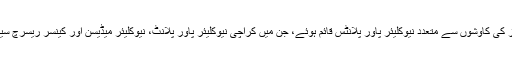
ان کی شب و روز کی کاوشوں سے متعدد نیوکلیئر پاور پلانٹس قائم ہوئے، جن میں کراچی نیوکلیئر پاور پلانٹ، نیوکلیئر میڈیسن اور کینسر ریسرچ سینٹر قابل ذکر ہیں۔